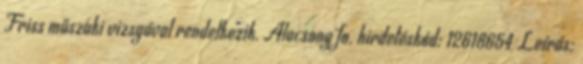
Friss műszaki vizsgával rendelkezik. Alacsony fo. hirdetéskód: 12618654 Leírás: